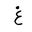
Letter: _gayn